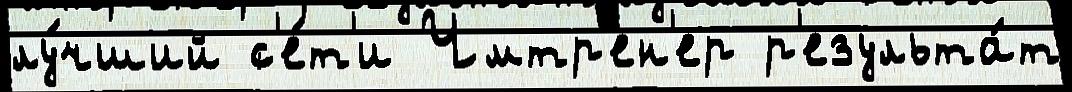
лу́чший с'е́т'и Чмтр'ен'ер р'езульта́т